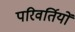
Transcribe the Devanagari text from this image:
परिवर्तियों